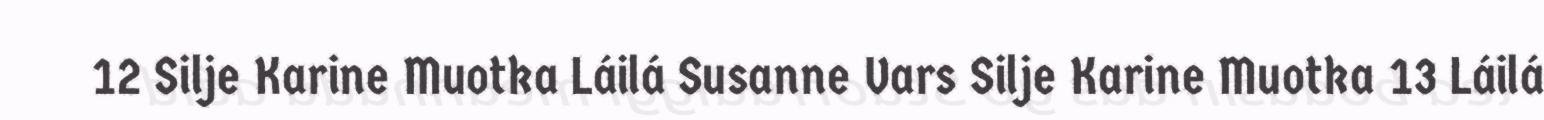
12 Silje Karine Muotka Láilá Susanne Vars Silje Karine Muotka 13 Láilá